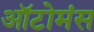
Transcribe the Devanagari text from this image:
ऑटोमंस